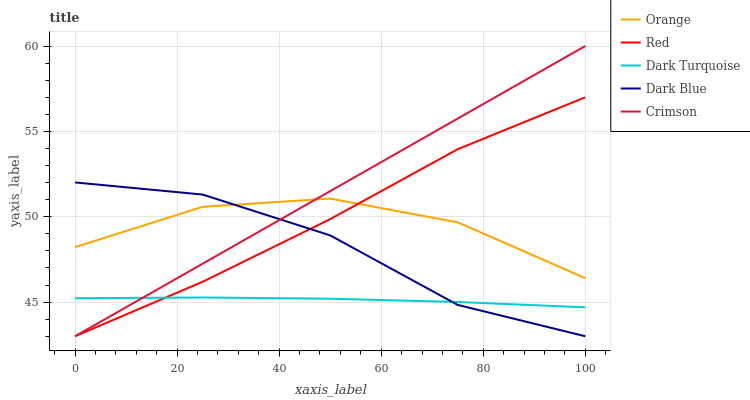
| xaxis_label | Orange | Red | Dark Turquoise | Dark Blue | Crimson |
 | --- | --- | --- | --- | --- | --- |
 | 0 | 48.2 | 43 | 45.2 | 52 | 43 |
 | 25 | 50.6 | 46.2 | 45.3 | 51.3 | 47.3 |
 | 50 | 51.1 | 49.9 | 45.2 | 48.9 | 51.5 |
 | 75 | 49.7 | 54 | 45 | 44.8 | 55.8 |
 | 100 | 46.4 | 57 | 44.7 | 43 | 60 |